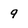
Character: 9